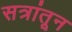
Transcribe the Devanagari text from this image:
सत्रांतून